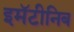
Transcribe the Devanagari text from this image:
इमॅटीनिब